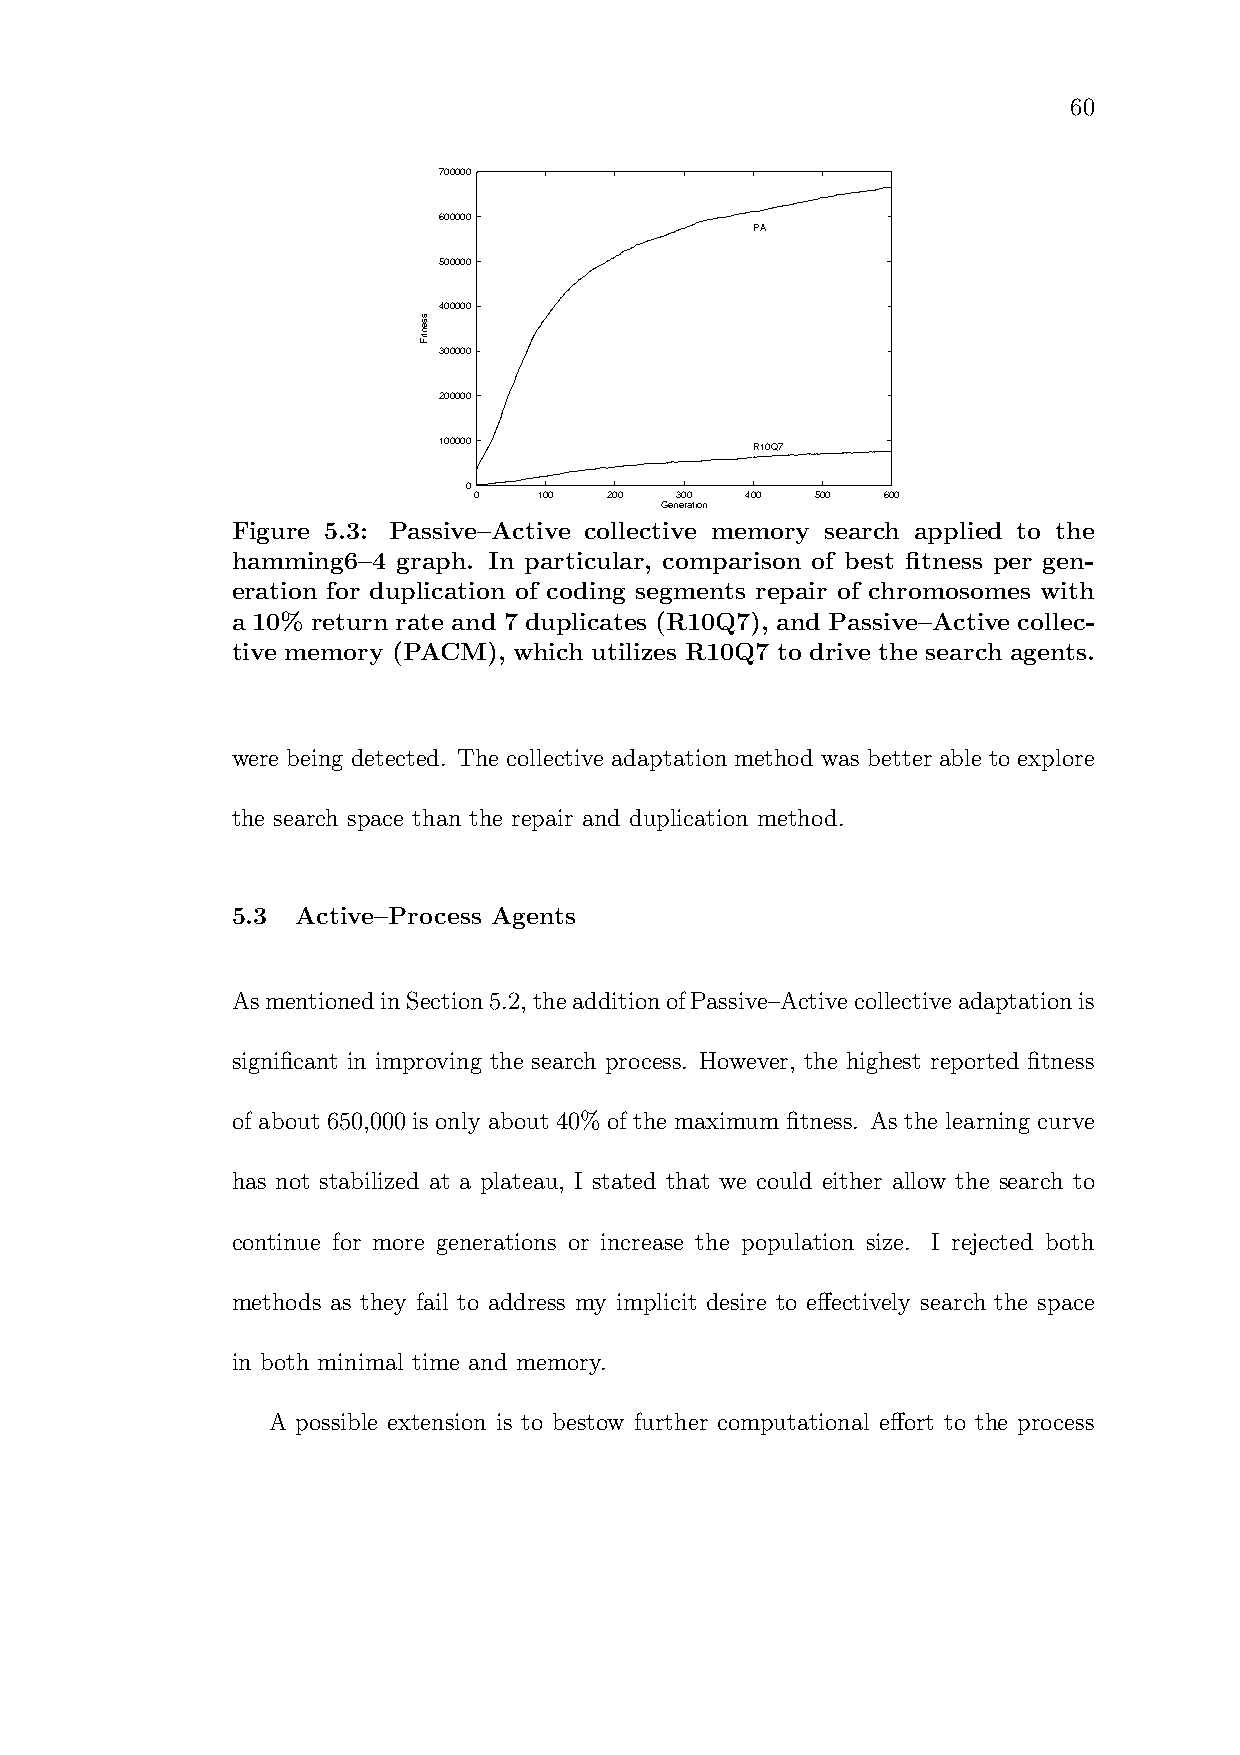
60
 700000
 600000
 PA
 500000
 400000
 300000
 200000
 100000
 R10Q7
 0
 0    100 200  300 400  500 600
 Generation
 Figure 5.3: Passive–Active collective memory search applied to the
 hamming6–4 graph. In particular, comparison of best fitness per gen-
 eration for duplication of coding segments repair of chromosomes with
 a 10% return rate and 7 duplicates (R10Q7), and Passive–Active collec-
 tive memory (PACM), which utilizes R10Q7 to drive the search agents.
 were being detected. The collective adaptation method was better able to explore
 the search space than the repair and duplication method.
 5.3  Active–Process Agents
 AsmentionedinSection5.2,theadditionofPassive–Active collectiveadaptationis
 significant in improving the search process. However, the highest reported fitness
 of about 650,000 is only about 40% of the maximum fitness. As the learning curve
 has not stabilized at a plateau, I stated that we could either allow the search to
 continue for more generations or increase the population size. I rejected both
 methods as they fail to address my implicit desire to effectively search the space
 in both minimal time and memory.
 A possible extension is to bestow further computational effort to the process
 ssentiF